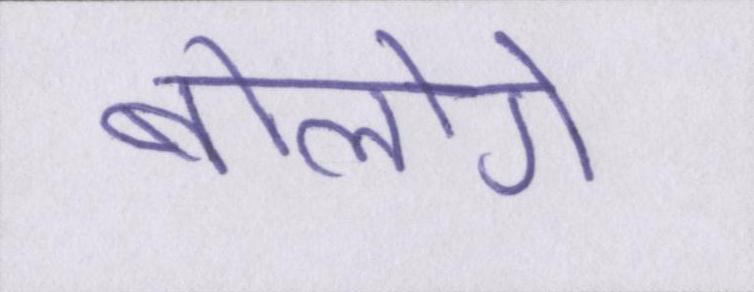
बोलोगे